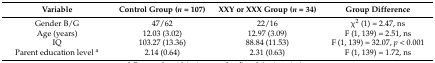
<table><thead><tr><td><b>Variable</b></td><td><b>Control Group (<i>n</i> = 107)</b></td><td><b>XXY or XXX Group (<i>n</i> = 34)</b></td><td><b>Group Difference</b></td></tr></thead><tbody><tr><td>Gender B/G</td><td>47/62</td><td>22/16</td><td>χ<sup>2</sup> (1) = 2.47, ns</td></tr><tr><td>Age (years)</td><td>12.03 (3.02)</td><td>12.97 (3.09)</td><td>F (1, 139) = 2.51, ns</td></tr><tr><td>IQ</td><td>103.27 (13.36)</td><td>88.84 (11.53)</td><td>F (1, 139) = 32.07, <i>p</i> &lt; 0.001</td></tr><tr><td>Parent education level <sup>a</sup></td><td>2.14 (0.64)</td><td>2.31 (0.63)</td><td>F (1, 139) = 1.72, ns</td></tr></tbody></table>